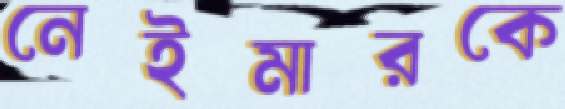
নেইমারকে